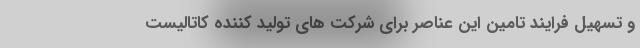
و تسهیل فرایند تامین این عناصر برای شرکت های تولید کننده کاتالیست